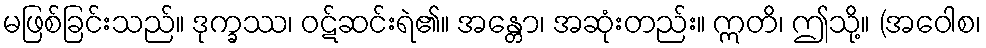
မဖြစ်ခြင်းသည်။ ဒုက္ခဿ၊ ဝဋ်ဆင်းရဲ၏။ အန္တော၊ အဆုံးတည်း။ ဣတိ၊ ဤသို့။ (အဝေါစ၊